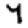
Digit: 7